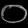
Digit: ၀